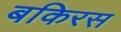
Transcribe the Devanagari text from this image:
बकिरस